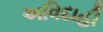
અવિદાહી